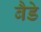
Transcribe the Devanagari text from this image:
बैडे